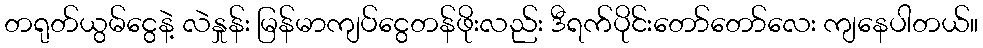
တရုတ်ယွမ်ငွေနဲ့ လဲနှုန်း မြန်မာကျပ်ငွေတန်ဖိုးလည်း ဒီရက်ပိုင်းတော်တော်လေး ကျနေပါတယ်။